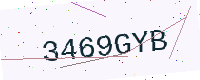
Text: 3469GYB